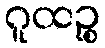
ဂူထဉ္စ